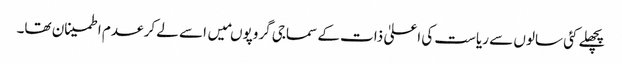
پچھلے کئی سالوں سے ریاست کی اعلیٰ ذات کے سماجی گروپوںمیں اسے لے کر عدم اطمینان تھا۔